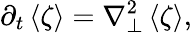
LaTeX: {\partial_{t}}\left<\zeta\right>=\nabla_{\perp}^{2}\left<\zeta\right>,